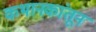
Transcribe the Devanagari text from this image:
कथानकांतून